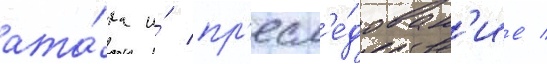
ата́ка и́ пр'есл'е́дован'ие /